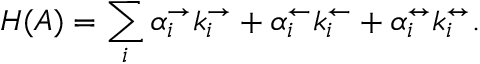
H ( A ) = \sum _ { i } \alpha _ { i } ^ { \rightarrow } k _ { i } ^ { \rightarrow } + \alpha _ { i } ^ { \leftarrow } k _ { i } ^ { \leftarrow } + \alpha _ { i } ^ { \leftrightarrow } k _ { i } ^ { \leftrightarrow } .